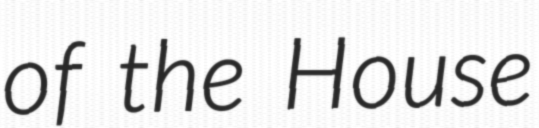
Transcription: of the House